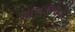
શાખાઓની